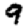
Digit: 9